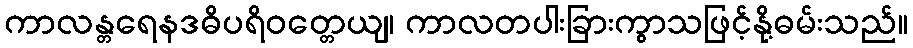
ကာလန္တရေနဒဓိပရိဝတ္တေယျ၊ ကာလတပါးခြားကွာသဖြင့်နို့ဓမ်းသည်။